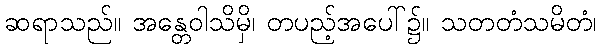
ဆရာသည်။ အန္တေဝါသိမှိ၊ တပည့်အပေါ်၌။ သတတံသမိတံ၊